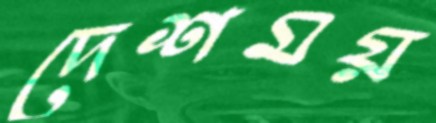
দেশময়